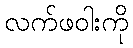
လက်ဖဝါးကို